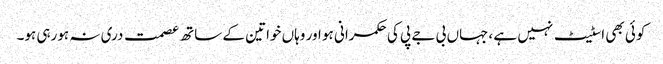
کوئی بھی اسٹیٹ نہیں ہے ،جہاں بی جے پی کی حکمرانی ہو اور وہاں خواتین کے ساتھ عصمت دری نہ ہورہی ہو۔